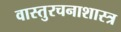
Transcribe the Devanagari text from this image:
वास्तुरचनाशास्त्र